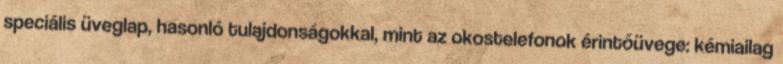
speciális üveglap, hasonló tulajdonságokkal, mint az okostelefonok érintőüvege: kémiailag